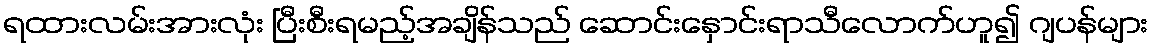
ရထားလမ်းအားလုံး ပြီးစီးရမည့်အချိန်သည် ဆောင်းနှောင်းရာသီလောက်ဟူ၍ ဂျပန်များ